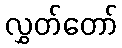
လွှတ်တော်